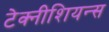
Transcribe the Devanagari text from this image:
टेक्नीशियन्स